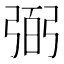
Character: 弼